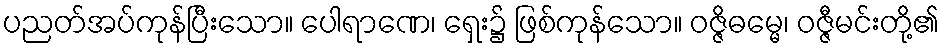
ပညတ်အပ်ကုန်ပြီးသော။ ပေါရာဏေ၊ ရှေး၌ ဖြစ်ကုန်သော။ ဝဇ္ဇိဓမ္မေ၊ ဝဇ္ဇီမင်းတို့၏